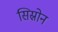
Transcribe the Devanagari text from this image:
सिस्रोन